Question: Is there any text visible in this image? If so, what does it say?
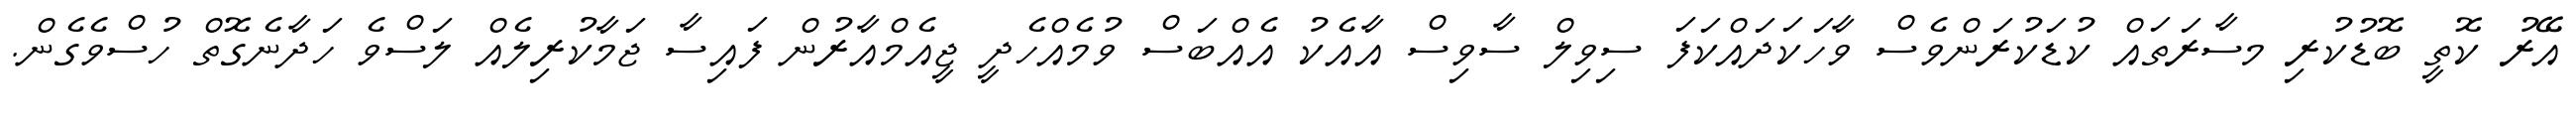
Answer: އޭރު ކޮތީ ބޮޑުކުރި މސާރަތައް ކުޑަކުރަންވެސް ވާހަކަދައްކަފަ ސިވިލް ސާވިސް އާއެކު އެއްބަސް ވުމެއްހެދީ ޖީއެމްއާރުން ފައިސާ ޖަމާކުރިލެއް ލަސްވެ ހަދާނެގޮތް ހުސްވެގެން.